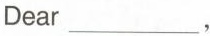
Dear___，